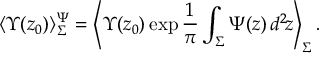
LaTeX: \langle \Upsilon ( z _ { 0 } ) \rangle _ { \Sigma } ^ { \Psi } = \left\langle \Upsilon ( z _ { 0 } ) \exp \frac { 1 } { \pi } \int _ { \Sigma } \Psi ( z ) \, d ^ { 2 } \! z \right\rangle _ { \Sigma } .